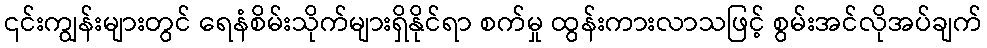
၎င်းကျွန်းများတွင် ရေနံစိမ်းသိုက်များရှိနိုင်ရာ စက်မှု ထွန်းကားလာသဖြင့် စွမ်းအင်လိုအပ်ချက်